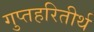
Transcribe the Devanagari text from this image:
गुप्तहरितीर्थ